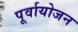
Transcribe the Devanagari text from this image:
पूर्वायोजन